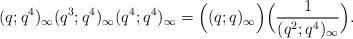
LaTeX: \begin{align*} (q;q^4)_\infty (q^3;q^4)_\infty (q^4;q^4)_\infty &= \Big( (q;q)_\infty \Big) \Big( \frac{1}{(q^2;q^4)_\infty} \Big).\end{align*}